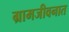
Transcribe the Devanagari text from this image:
ग्रामजीवनात